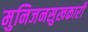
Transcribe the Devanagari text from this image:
मुनिजनसुखकारी